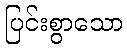
ပြင်းစွာသော